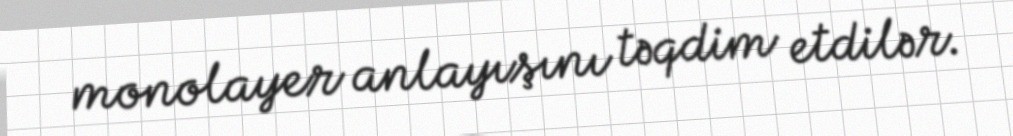
monolayer anlayışını təqdim etdilər.